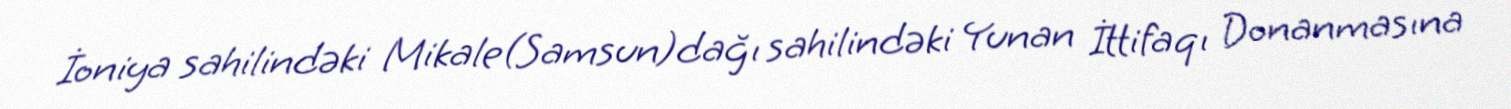
İoniya sahilindəki Mikale(Samsun)dağı sahilindəki Yunan İttifaqı Donanmasına